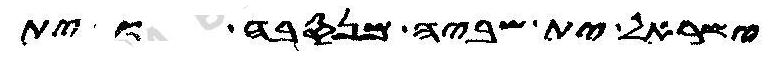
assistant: ישראל ית שביה וית מנסבה וית